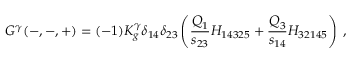
G ^ { \gamma } ( - , - , + ) = ( - 1 ) K _ { g } ^ { \gamma } \delta _ { 1 4 } \delta _ { 2 3 } \left( { \frac { Q _ { 1 } } { s _ { 2 3 } } } H _ { 1 4 3 2 5 } + { \frac { Q _ { 3 } } { s _ { 1 4 } } } H _ { 3 2 1 4 5 } \right) \; ,